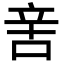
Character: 㖖